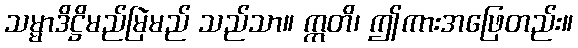
သမ္မာဒိဋ္ဌိမည်မြဲမည် သည်သာ။ ဣတိ၊ ဤကားအဖြေတည်း။